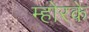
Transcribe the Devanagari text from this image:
म्होरके